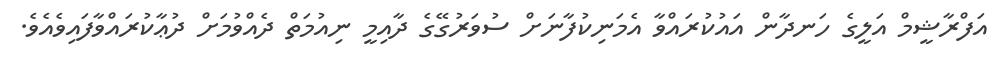
އަފްރާޝީމް އަލީގެ ހަނދާން އައުކުރައްވާ އެމަނިކުފާނަށް ސުވަރުގޭގެ ދާއިމީ ނިއުމަތް ދެއްވުމަށް ދުޢާކުރައްވާފައިވެއެވެ.